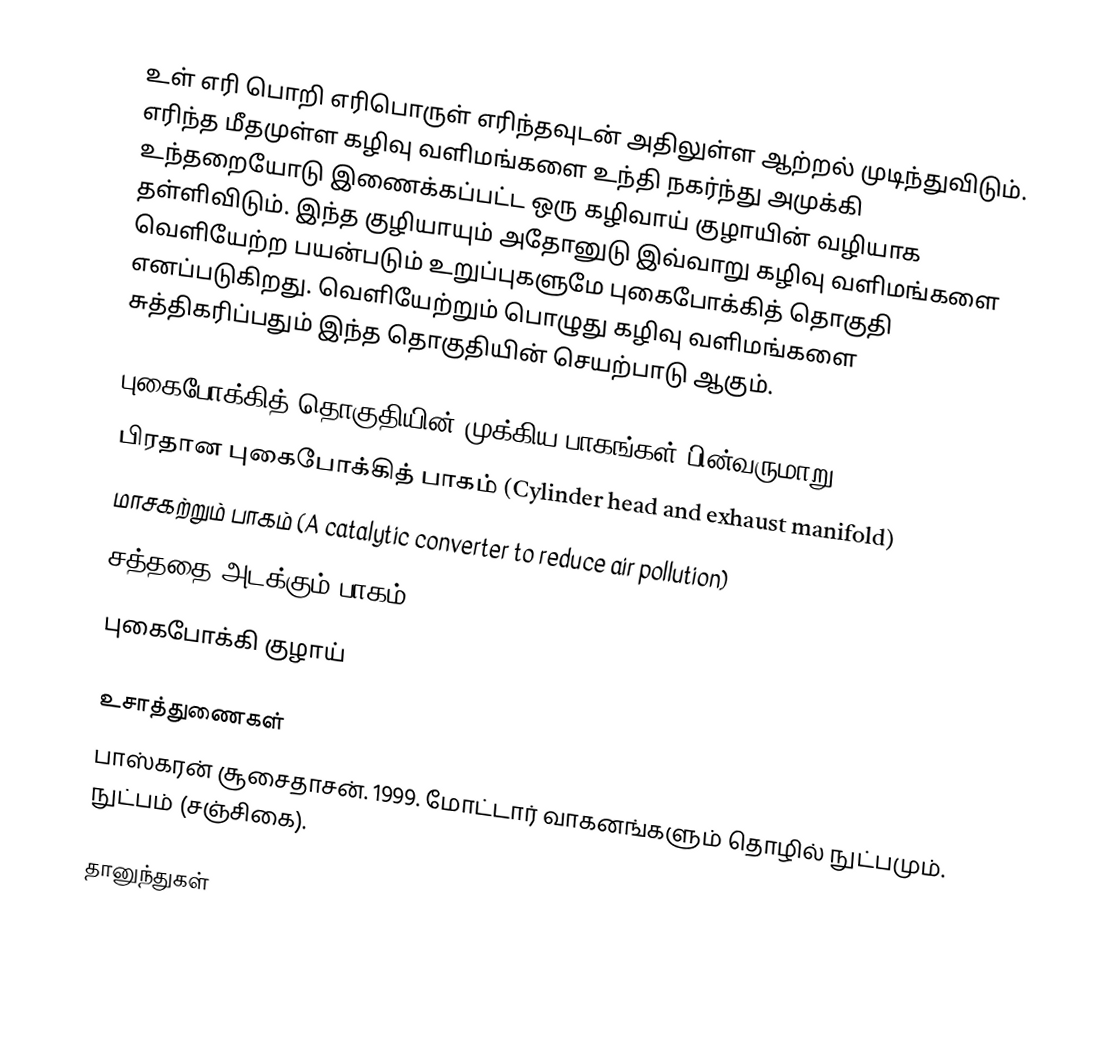
உள் எரி பொறி எரிபொருள் எரிந்தவுடன் அதிலுள்ள ஆற்றல் முடிந்துவிடும். எரிந்த மீதமுள்ள கழிவு வளிமங்களை உந்தி நகர்ந்து அமுக்கி உந்தறையோடு இணைக்கப்பட்ட ஒரு கழிவாய் குழாயின் வழியாக தள்ளிவிடும். இந்த குழியாயும் அதோனுடு இவ்வாறு கழிவு வளிமங்களை வெளியேற்ற பயன்படும் உறுப்புகளுமே புகைபோக்கித் தொகுதி எனப்படுகிறது. வெளியேற்றும் பொழுது கழிவு வளிமங்களை சுத்திகரிப்பதும் இந்த தொகுதியின் செயற்பாடு ஆகும்.

புகைபோக்கித் தொகுதியின் முக்கிய பாகங்கள் பின்வருமாறு:
 பிரதான புகைபோக்கித் பாகம் (Cylinder head and exhaust manifold)
 மாசகற்றும் பாகம் (A catalytic converter to reduce air pollution)
 சத்ததை அடக்கும் பாகம் (A muffler (North America) / silencer (Europe), to reduce noise)
 புகைபோக்கி குழாய்

உசாத்துணைகள்
 பாஸ்கரன் சூசைதாசன். 1999. மோட்டார் வாகனங்களும் தொழில் நுட்பமும். நுட்பம் (சஞ்சிகை).

தானுந்துகள்